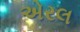
એરલ